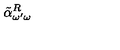
\: \tilde { \alpha } _ { \omega ^ { \prime } \omega } ^ { R } \: